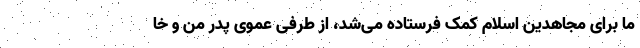
ما برای مجاهدین اسلام کمک فرستاده می‌شد، از طرفی عموی پدر من و خا